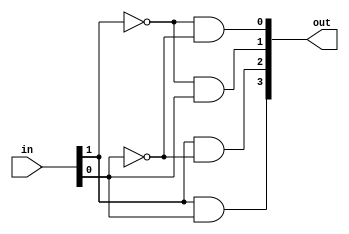
module dec2to4(out,in);

	input[1:0] in;
	output[4:0] out;
	wire[1:0] nin;
	not not0(nin[0],in[0]);
	not not1(nin[1],in[1]);
	and and0(out[0],nin[1],nin[0]);
	and and1(out[1],nin[1],in[0]);
	and and2(out[2],in[1],nin[0]);
	and and3(out[3],in[1],in[0]);
endmodule